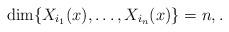
LaTeX: \begin{align*} \dim \{X_{i_1}(x),\ldots,X_{i_n}(x) \} = n, . \end{align*}